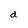
Character: d